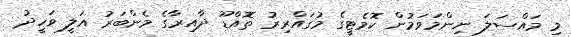
މި މައްސަލަ ނިންމަވަމުން ކޮމެޓީގެ މުގައްރިރު ތޮއްޑޫ ދާއިރާގެ މެންބަރު އަލީ ވަހީދު